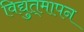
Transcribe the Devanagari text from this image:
विद्युत्‌मापन